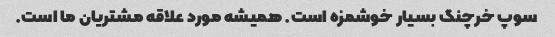
سوپ خرچنگ بسیار خوشمزه است. همیشه مورد علاقه مشتریان ما است.